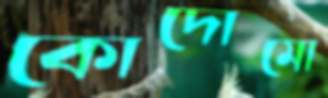
কোদোমো